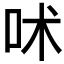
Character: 𠰲